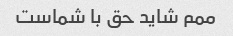
ممم شاید حق با شماست